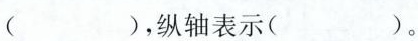
（），纵轴表示（）。